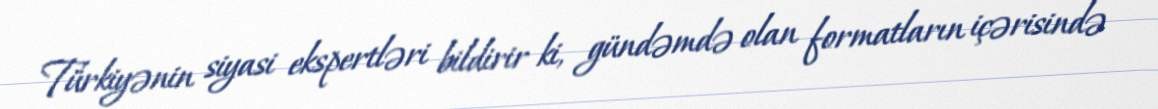
Türkiyənin siyasi ekspertləri bildirir ki, gündəmdə olan formatların içərisində